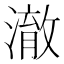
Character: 澈